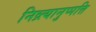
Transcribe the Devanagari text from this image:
निव्र्त्यानुप्पत्ति